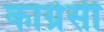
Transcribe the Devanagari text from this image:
काग्रेसी